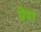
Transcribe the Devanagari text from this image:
ग्रेडा